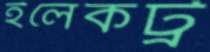
ইলেকট্র